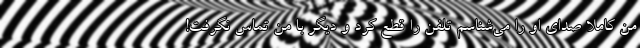
من کاملا صدای او را می‌شناسم تلفن را قطع کرد و دیگر با من تماس نگرفت!